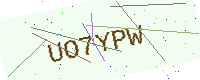
Text: UO7YPW